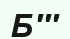
Б'''